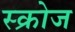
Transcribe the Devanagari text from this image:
स्क्रोज